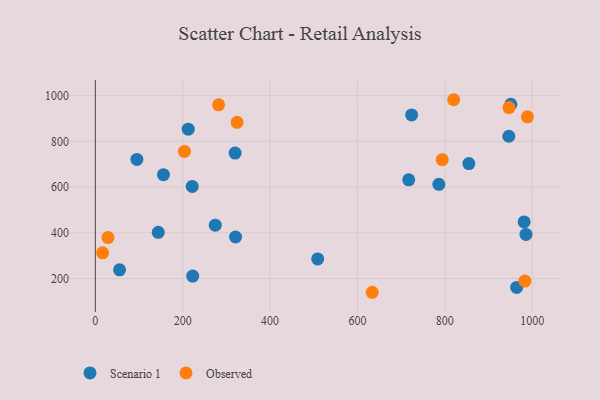
{"axis": {"x": "Distance", "y": "Demand"}, "legend": ["Observed", "Scenario 1"], "data": [{"x": "951.1", "y": 962.4, "type": "Scenario 1"}, {"x": "964.4", "y": 161.2, "type": "Scenario 1"}, {"x": "786.3", "y": 612.1, "type": "Scenario 1"}, {"x": "724.0", "y": 915.7, "type": "Scenario 1"}, {"x": "95.1", "y": 721.1, "type": "Scenario 1"}, {"x": "855.0", "y": 702.9, "type": "Scenario 1"}, {"x": "320.0", "y": 748.7, "type": "Scenario 1"}, {"x": "55.5", "y": 238.0, "type": "Scenario 1"}, {"x": "274.5", "y": 433.6, "type": "Scenario 1"}, {"x": "321.0", "y": 381.8, "type": "Scenario 1"}, {"x": "212.6", "y": 853.5, "type": "Scenario 1"}, {"x": "981.5", "y": 447.8, "type": "Scenario 1"}, {"x": "717.3", "y": 631.6, "type": "Scenario 1"}, {"x": "508.9", "y": 285.8, "type": "Scenario 1"}, {"x": "985.7", "y": 392.9, "type": "Scenario 1"}, {"x": "221.8", "y": 603.1, "type": "Scenario 1"}, {"x": "222.9", "y": 210.8, "type": "Scenario 1"}, {"x": "946.4", "y": 822.4, "type": "Scenario 1"}, {"x": "144.0", "y": 402.1, "type": "Scenario 1"}, {"x": "155.9", "y": 654.3, "type": "Scenario 1"}, {"x": "29.0", "y": 379.0, "type": "Observed"}, {"x": "324.5", "y": 883.2, "type": "Observed"}, {"x": "820.2", "y": 982.2, "type": "Observed"}, {"x": "633.8", "y": 139.9, "type": "Observed"}, {"x": "988.9", "y": 907.3, "type": "Observed"}, {"x": "204.0", "y": 756.1, "type": "Observed"}, {"x": "282.1", "y": 959.7, "type": "Observed"}, {"x": "794.0", "y": 720.0, "type": "Observed"}, {"x": "946.8", "y": 947.9, "type": "Observed"}, {"x": "983.2", "y": 188.9, "type": "Observed"}, {"x": "16.7", "y": 312.4, "type": "Observed"}]}